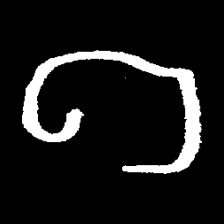
Pyu character \u2014 Myanmar letter: ဂ (romanized: ga)